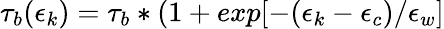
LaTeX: \tau_{b}(\epsilon_{k})=\tau_{b}*(1+exp[-(\epsilon_{k}-\epsilon_{c})/\epsilon_{w}]